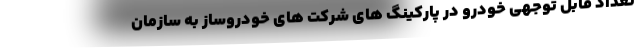
تعداد قابل توجهی خودرو در پارکینگ های شرکت های خودروساز به سازمان